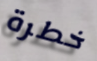
خطرة